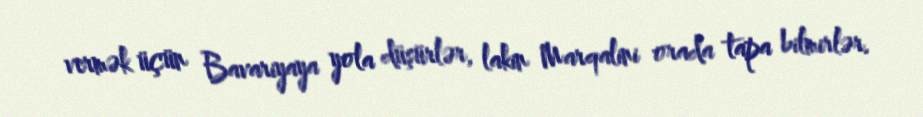
vermək üçün Bavariyaya yola düşürlər, lakin Marqalini orada tapa bilmirlər.